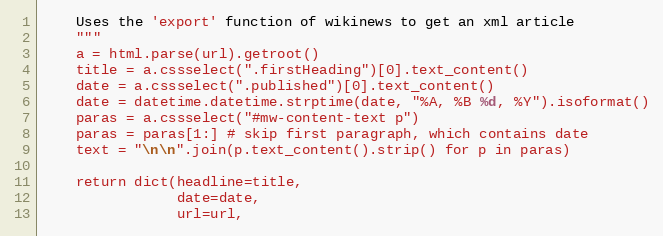
Language: Python
    Uses the 'export' function of wikinews to get an xml article
    """
    a = html.parse(url).getroot()
    title = a.cssselect(".firstHeading")[0].text_content()
    date = a.cssselect(".published")[0].text_content()
    date = datetime.datetime.strptime(date, "%A, %B %d, %Y").isoformat()
    paras = a.cssselect("#mw-content-text p")
    paras = paras[1:] # skip first paragraph, which contains date
    text = "\n\n".join(p.text_content().strip() for p in paras)

    return dict(headline=title,
                date=date,
                url=url,